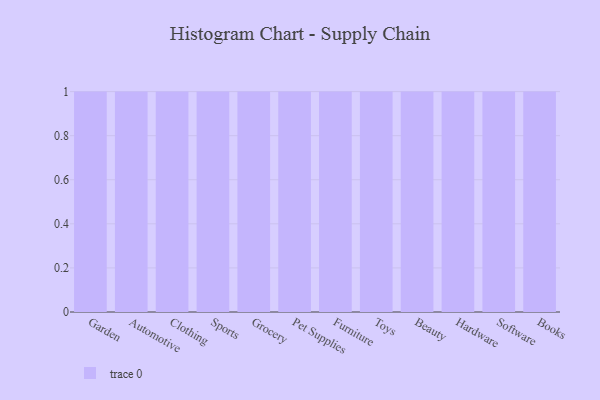
{"axis": {"x": "Category", "y": "Website Visitors"}, "legend": [""], "data": [{"x": "Garden", "y": 71, "type": ""}, {"x": "Automotive", "y": 91, "type": ""}, {"x": "Clothing", "y": 24, "type": ""}, {"x": "Sports", "y": 37, "type": ""}, {"x": "Grocery", "y": 70, "type": ""}, {"x": "Pet Supplies", "y": 65, "type": ""}, {"x": "Furniture", "y": 3, "type": ""}, {"x": "Toys", "y": 74, "type": ""}, {"x": "Beauty", "y": 59, "type": ""}, {"x": "Hardware", "y": 40, "type": ""}, {"x": "Software", "y": 74, "type": ""}, {"x": "Books", "y": 10, "type": ""}]}